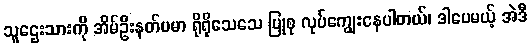
သူဌေးသားကို အိမ်ဦးနတ်ပမာ ရိုရိုသေသေ ပြုစု လုပ်ကျွေးနေပါတယ်၊ ဒါပေမယ့် အဲဒီ